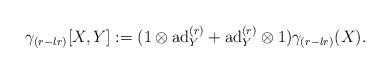
LaTeX: \begin{align*}\gamma_{(r-lr)}[X,Y]:=(1\otimes \mathrm{ad}_{Y}^{(r)}+\mathrm{ad}_{Y}^{(r)}\otimes 1)\gamma_{(r-lr)}(X).\end{align*}